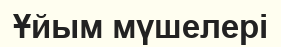
Ұйым мүшелері